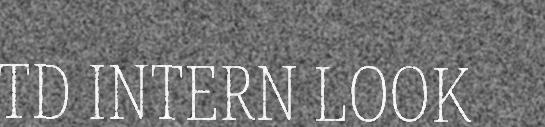
TD INTERN LOOK